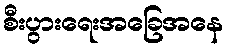
စီးပွားရေးအခြေအနေ